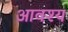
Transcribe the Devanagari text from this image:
आवश्‍य